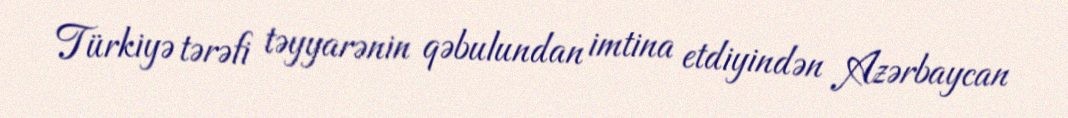
Türkiyə tərəfi təyyarənin qəbulundan imtina etdiyindən Azərbaycan